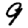
Digit: 9